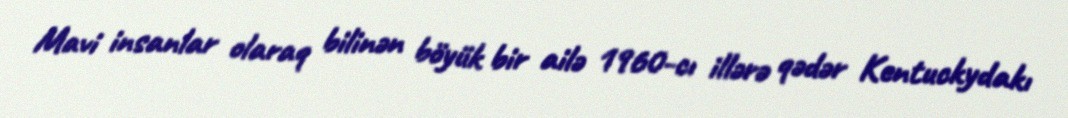
Mavi insanlar olaraq bilinən böyük bir ailə 1960-cı illərə qədər Kentuckydakı